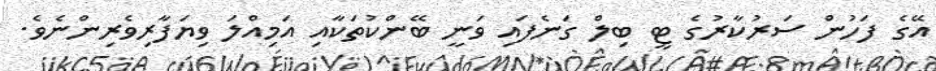
އޭގެ ފަހުން ސަރުކާރުގެ ޓީ ބިލް ގަނެފައި ވަނީ ބޭންކުތަކާއި އަމިއްލަ ވިޔަފާރިވެރިންނެވެ.